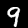
Label: 9